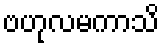
ဗဟုလမကာသိ